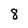
Character: 8